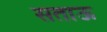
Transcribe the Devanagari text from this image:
सताऊ